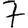
Digit: 7